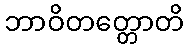
ဘာဝိတတ္တောတိ